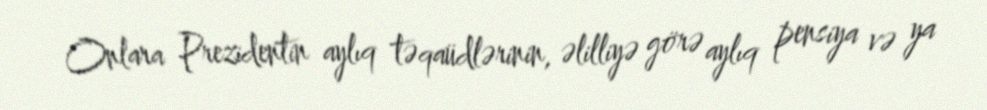
Onlara Prezidentin aylıq təqaüdlərinin, əlilliyə görə aylıq pensiya və ya